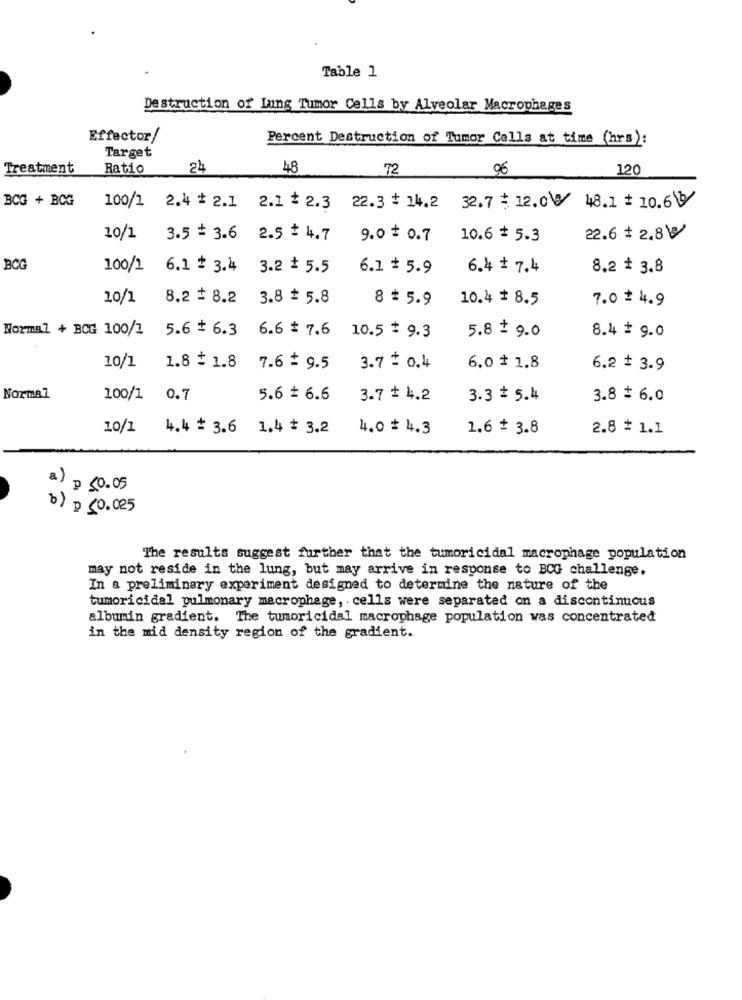
Table 1
Destruction of Lang Tumor Cells by Alveolar Macrophages
Effector/
Percent Destruction of Tumor Cells at time (hrs):
Target
Treatment
Ratio
24
48
72
96
120
BCG + BCG
100/1 2.4 = 2.1 2.1 2.3 22.3 = 14.2 32.7 12.0 48.1 = 10.64
10/1
3.5 + 3.6 2.5 $ 4.7
9.0 = 0.7
10.6 + 5.3
22.6 = 2.8℃
BCG
100/1
6.1 + 3.4 3.2 + 5.5
6.1 ₺ 5.9
6.4 = 7.4
8.2 + 3.8
10/1
8.2 £ 8.2 3.8 # 5.8
8 5.9
10.4 # 8.5
7.0 4.9
Normal + BCG 100/1
5.6 + 6.3 6.6 # 7.6 10.5 $ 9.3
5.8 = 9.0
8.4 # 9.0
10/1 1.8 = 1.8 7.6 = 9.5
3.7 2 0.4
6.0 * 1.8
6.2 + 3.9
Normal
100/1 0.7
5.6 + 6.6
3.7 ₺ 4.2
3.3 = 5.4
3.8 # 6.0
10/1
4.4 # 3.6 1,4 + 3.2
4.0 # 4.3
1.6 + 3.8
2.8 + 1.1
a) p <0.05
b) ₪ 50.025
The results suggest further that the tumoricidal macrophage population
may not reside in the lung, but may arrive in response to BCG challenge.
In a preliminary experiment designed to determine the nature of the
tumoricidal pulmonary macrophage, cells were separated on a discontinuous
albumin gradient. The tumoricidal macrophage population was concentrated
in the mid density region of the gradient.